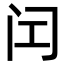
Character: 𬮚